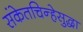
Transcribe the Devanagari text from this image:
संकेतचिन्हेसुद्धा